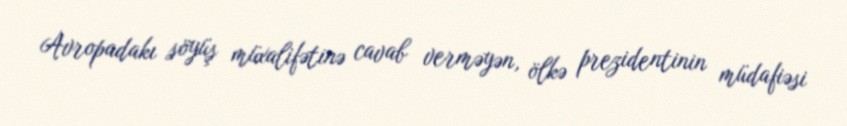
Avropadakı söyüş müxalifətinə cavab verməyən, ölkə prezidentinin müdafiəsi